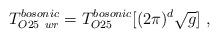
LaTeX: \begin{align*} T_{O25~ wr}^{bosonic}=T_{O25}^{bosonic} [(2 \pi)^d \sqrt{g}]\ ,\end{align*}